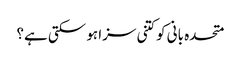
متحدہ بانی کوکتنی سزا ہو سکتی ہے؟